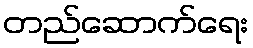
တည်ဆောက်ရေး